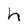
Character: h